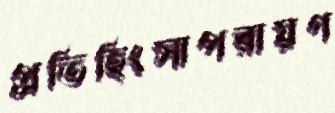
প্রতিহিংসাপরায়ণ